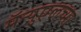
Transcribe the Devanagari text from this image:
मॅन्युएलच्या